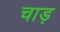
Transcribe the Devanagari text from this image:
चाड़